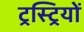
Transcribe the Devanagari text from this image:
ट्रस्ट्रियों